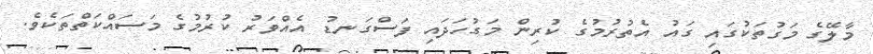
މާލޭގެ މަގުތަކުގައި ގައު އެތުރުމުގެ ކުރިން މަގުހަދައި ފަސްގަނޑު އެއްވަރު ކުރުމުގެ މަސައްކަތްތަކެވެ.